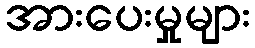
အားပေးမှုများ